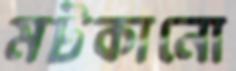
মটকানো